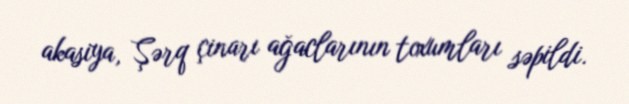
akasiya, Şərq çinarı ağaclarının toxumları səpildi.